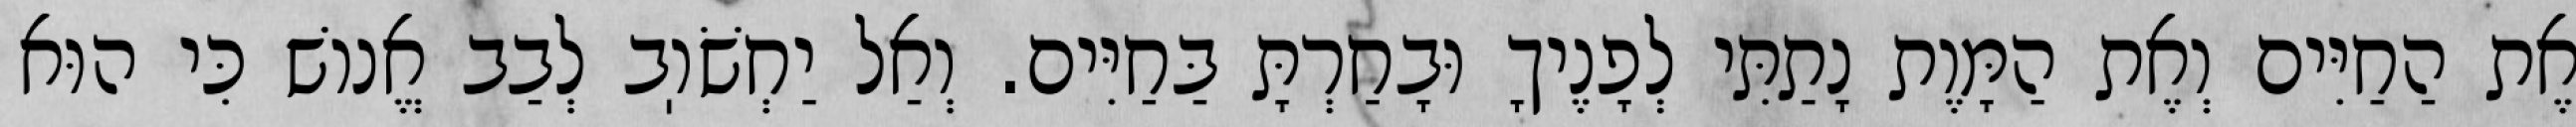
אֶת הַחַיִּים וְאֶת הַמָּוֶת נָתַתִּי לְפָנֶיךָ וּבָחַרְתָּ בַּחַיִּים. וְאַל יַחְשֹׁוֽב לְבַב אֱנוֹשׁ כִּי הוּא